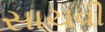
સાચવી